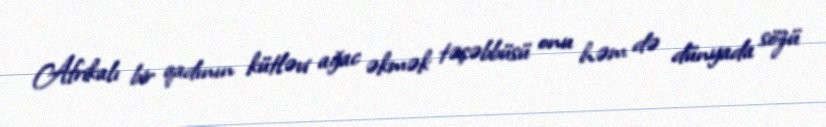
Afrikalı bir qadının kütləvi ağac əkmək təşəbbüsü onu həm də dünyada sözü